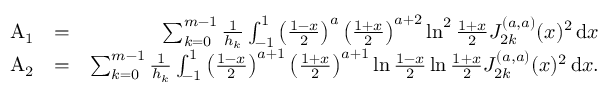
\begin{array} { r l r } { \! \! \! \! \! \! \! \! \! \! \! \! \! \! \! \! \! \! \! \! \mathrm { A _ { 1 } } } & { = } & { \sum _ { k = 0 } ^ { m - 1 } \frac { 1 } { h _ { k } } \int _ { - 1 } ^ { 1 } \left( \frac { 1 - x } { 2 } \right) ^ { a } \left( \frac { 1 + x } { 2 } \right) ^ { a + 2 } \ln ^ { 2 } \frac { 1 + x } { 2 } J _ { 2 k } ^ { ( a , a ) } ( x ) ^ { 2 } \, \mathrm { d } x } \\ { \! \! \! \! \! \! \! \! \! \! \! \! \! \! \! \! \! \! \! \! \mathrm { A _ { 2 } } } & { = } & { \sum _ { k = 0 } ^ { m - 1 } \frac { 1 } { h _ { k } } \int _ { - 1 } ^ { 1 } \left( \frac { 1 - x } { 2 } \right) ^ { a + 1 } \left( \frac { 1 + x } { 2 } \right) ^ { a + 1 } \ln \frac { 1 - x } { 2 } \ln \frac { 1 + x } { 2 } J _ { 2 k } ^ { ( a , a ) } ( x ) ^ { 2 } \, \mathrm { d } x . } \end{array}